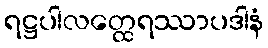
ရဋ္ဌပါလတ္ထေရဿာပဒါနံ